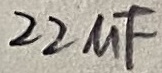
Text: 22uF